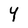
Character: Y